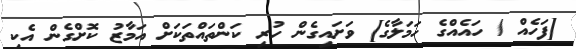
[ފަހެއް / ހައެއްގެ ހަމަލާގެ] ވަށައިގެން ހުރި ކަންތައްތަކަށް އަމާޒު ކޮށްގެން އެކި